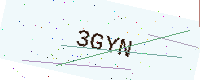
Text: 3GYN